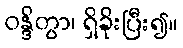
ဝန္ဒိတွာ၊ ရှိခိုးပြီး၍။